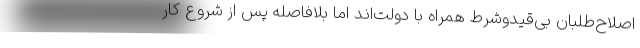
اصلاح‌طلبان بی‌قیدوشرط همراه با دولت‌اند اما بلافاصله پس از شروع کار